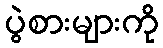
ပွဲစားများကို